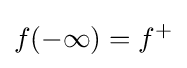
f(-\infty )=f^{+}